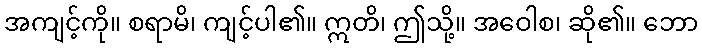
အကျင့်ကို။ စရာမိ၊ ကျင့်ပါ၏။ ဣတိ၊ ဤသို့။ အဝေါစ၊ ဆို၏။ ဘော